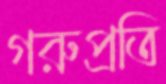
গরুপ্রতি